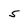
Character: 5